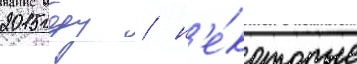
2015 году / н'е́которые